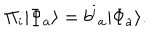
\Pi _ { i } | \Phi _ { a } \rangle = b ^ { i } { } _ { a } | \Phi _ { a } \rangle .